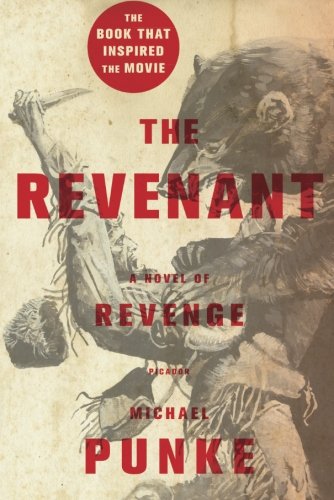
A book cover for The Revenant: A Novel of Revenge; Michael Punke; Mystery, Thriller & Suspense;